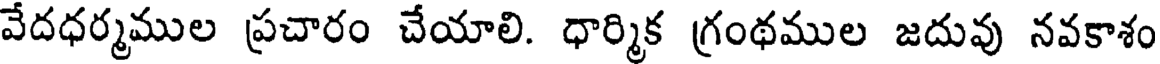
వేదధర్మముల ప్రచారం చేయాలి. ధార్మిక గ్రంథముల జదువు నవకాశం